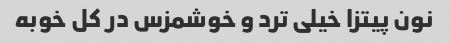
نون پیتزا خیلی ترد و خوشمزس در کل خوبه